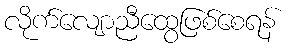
လိုက်လျောညီထွေဖြစ်စေရန်